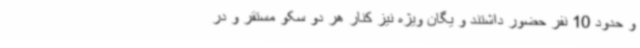
و حدود 10 نفر حضور داشتند و یگان ویژه نیز کنار هر دو سکو مستقر و در